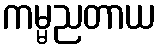
ကမ္မညတာယ